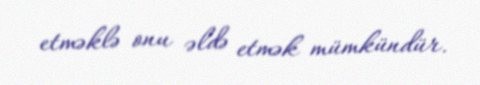
etməklə onu əldə etmək mümkündür.